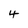
Character: 4